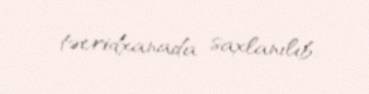
təcridxanada saxlanılıb.